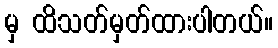
မှ ထိသတ်မှတ်ထားပါတယ်။